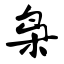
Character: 枭